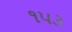
૧૫૩